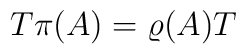
T \pi(A) = \varrho(A) T